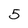
Character: 5